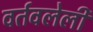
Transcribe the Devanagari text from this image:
वर्तवलेली